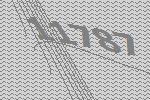
11787